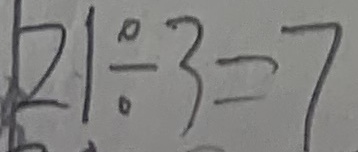
2 1 \div 3 = 7